Annual report of the Bengal Veterinary College and of the Civil Veterinary Department, Bengal, for the year 1918-19 - 1918-1919
Year: 1918
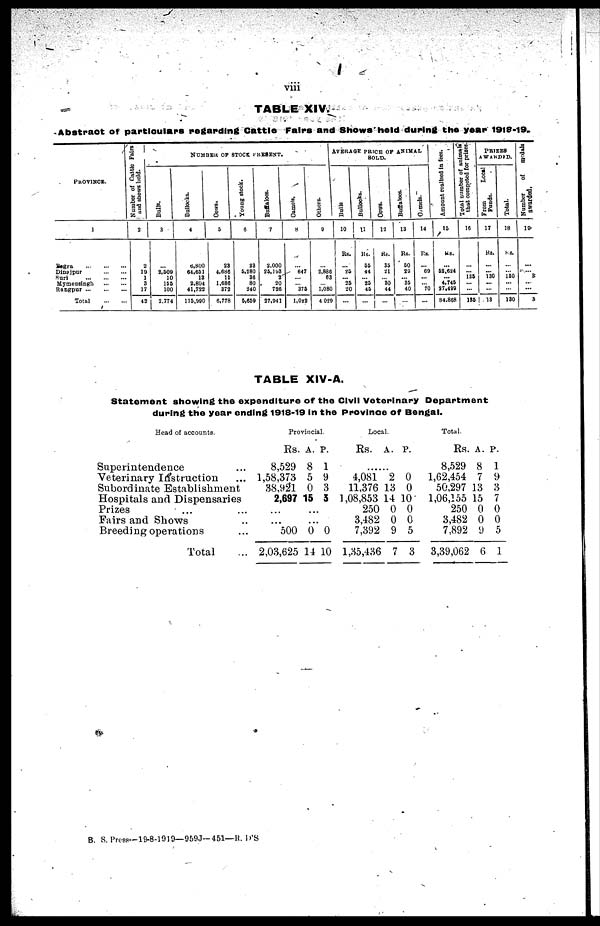
viii
TABLE XIV.
Abstract of particulars regarding Cattle Fairs and Shows held during the year 1918-19.
PROVINCE.
1
Bogra
...
...
...
Dinajpur
...
...
Suri
...
...
...
Mymensingh
...
...
Rangpur
...
...
...
Total
...
...
Number of Cattle Fairs
and
shows held.
2
2
10
1
3
17
42
NUMBER OF STOCK
PRESENT.
Bulls.
3
...
2,509
10
155
100
2,774
Bullocks.
4
6,800
64,651
13
2,804
41,722
115, 990
Cows.
5
23
4,686
11
1,686
372
6,778
Young stock.
6
23
5,280
36
80
240
5,659
Buffaloes.
7
2,000
25,193
2
20
726
27,941
Camels.
8
...
647
...
... 375
1,022
Others.
9
...
2,886
63
... 1,080
4 029
AVERAGE PRICE OF ANIMAL
SOLD.
Bulls
10
Rs.
...
25
... 25
20
...
Bullocks.
11
Rs.
55
44
... 25
45
...
Cows.
12
Rs.
35
21
... 30
44
...
Buffaloes.
13
Rs.
50
20
... 35
40
...
Camels.
14
Rs.
...
69
...
... 70
...
Amount realised in fees.
15
...
52,624
...
4,745
27,499
84,868
Total number of animals
that competed for prizes.
16
...
... 135
...
...
135
PRIZES
AWARDED.
From
Local
Funds.
17
Rs.
...
... 130
...
...
13
Total.
18
Rs.
...
... 130
...
...
130
Number of
medals
awarded,
19
...
... 3
...
...
3
TABLE XIV-A.
Statement showing the expenditure of the Civil Veterinary Department
during the year ending 1918-19 in the Province of Bengal.
Head of accounts.
Superintendence ...
Veterinary Instruction ...
Subordinate Establishment
Hospitals and Dispensaries
Prizes ... ...
Fairs and Shows ..
Breeding operations ...
Total ...
Provincial.
Rs. A. P.
8,529 8 1
1,58,373 5 9
38,921 0 3
2,697 15 3
... ...
... ...
500 0 0
2,03,625 14 10
Local.
Rs.
A. P.
......
4,081 2 0
11,376 13 0
1,08,853 14 10
250 0 0
3,482 0 0
7,392 9 5
1,35,436 7 3
Total.
Rs. A. P.
8,529 8 1
1,62,454 7 9
50,297 13 3
1,06,155 15 7
250 0 0
3,482 0 0
7,892 9 5
3,39,062 6 1
B. S. Press—19-8-1919—959J—451—R. D'S